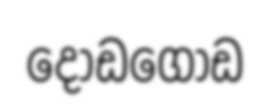
දොඩගොඩ